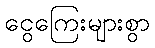
ငွေကြေးများစွာ